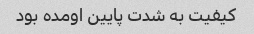
کیفیت به شدت پایین اومده بود